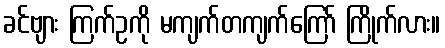
ခင်ဗျား ကြက်ဥကို မကျက်တကျက်ကြော် ကြိုက်လား။